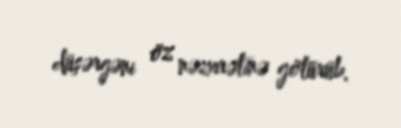
düşərgəni öz nəzarətinə götürüb.